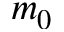
m _ { 0 }